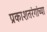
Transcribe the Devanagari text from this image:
प्रकाशतरंगांच्या